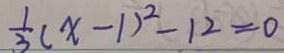
\frac { 1 } { 3 } ( x - 1 ) ^ { 2 } - 1 2 = 0